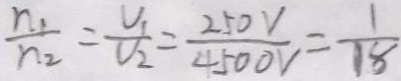
\frac { n _ { 1 } } { n _ { 2 } } = \frac { V _ { 1 } } { V _ { 2 } } = \frac { 2 5 0 v } { 4 5 0 0 V } = \frac { 1 } { 1 8 }